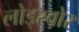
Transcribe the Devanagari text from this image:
लोड्स्वोर